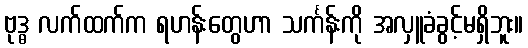
ဗုဒ္ဓ လက်ထက်က ရဟန်းတွေဟာ သင်္ကန်းကို အလှူခံခွင့်မရှိဘူး။